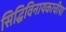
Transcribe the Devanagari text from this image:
सिद्धिविनायकाचीया